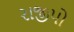
રાજીપો